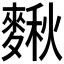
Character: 𪍗